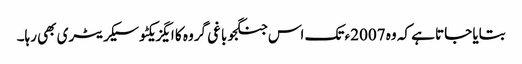
بتایا جاتا ہے کہ وہ 2007ء تک اس جنگجو باغی گروہ کا ایگزیکٹو سیکریٹری بھی رہا۔